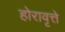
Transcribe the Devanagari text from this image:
होरावृत्ते